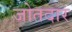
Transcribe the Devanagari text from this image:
जोतदार